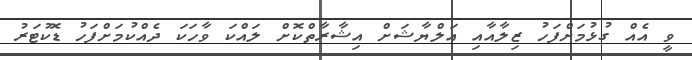
ވީ އެއް ގުޅުމަށްފަހު ޒިލާއާއި އަލްޔާޝަށް އިޝާރާތްކޮށް ލައްކަ ވާހަކަ ދެއްކުމަށްފަހު ޑޮކުޓަރު